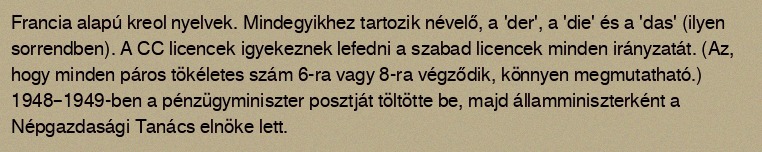
Francia alapú kreol nyelvek. Mindegyikhez tartozik névelő, a 'der', a 'die' és a 'das' (ilyen sorrendben). A CC licencek igyekeznek lefedni a szabad licencek minden irányzatát. (Az, hogy minden páros tökéletes szám 6-ra vagy 8-ra végződik, könnyen megmutatható.) 1948–1949-ben a pénzügyminiszter posztját töltötte be, majd államminiszterként a Népgazdasági Tanács elnöke lett.